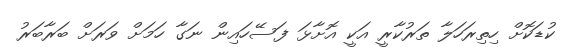
ކުޑަކޮށް ހިތިރަހަލާ ތަރުކާރީ އަކީ އޮށާޅަ ފަސޭހައިން ނަގާ ހަމަށް ވަރަށް ބަރާބަރު